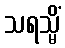
သရသ္မိံ